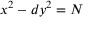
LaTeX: x ^ { 2 } - d y ^ { 2 } = N